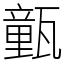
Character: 㼿